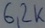
Text: 6,2Ω